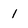
Character: 1